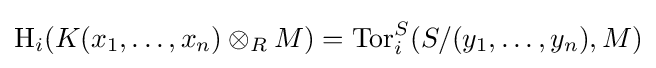
\operatorname {H} _{i}(K(x_{1},\dots ,x_{n})\otimes _{R}M)=\operatorname {Tor} _{i}^{S}(S/(y_{1},\dots ,y_{n}),M)